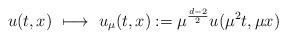
LaTeX: \begin{align*}u(t,x) \ \longmapsto \ u_{\mu} (t,x) := \mu^{\frac{d-2}{2}} u ( \mu^2 t , \mu x )\end{align*}